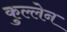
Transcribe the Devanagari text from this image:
कुल्लेन